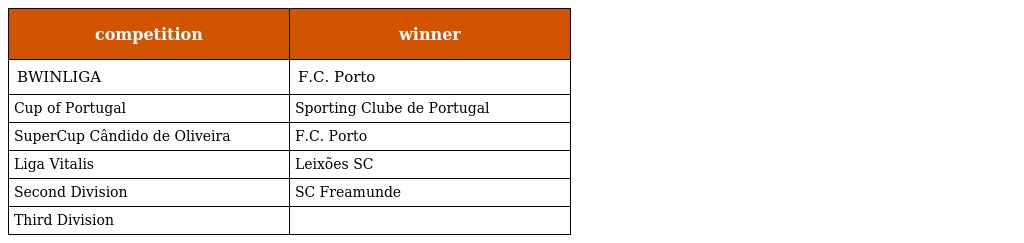
| competition | winner |
 | --- | --- |
 | BWINLIGA | F.C. Porto |
 | Cup of Portugal | Sporting Clube de Portugal |
 | SuperCup Cândido de Oliveira | F.C. Porto |
 | Liga Vitalis | Leixões SC |
 | Second Division | SC Freamunde |
 | Third Division |  |